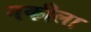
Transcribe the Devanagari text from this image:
नकीला